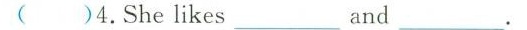
( )4.She likes___and ___